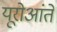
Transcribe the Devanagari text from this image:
यूरोआंते